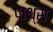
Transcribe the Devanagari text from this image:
पाथ्स